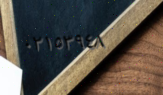
٠٢١٥٣٩٤٨